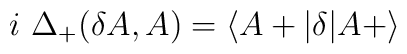
i\ \Delta_+(\delta A,A)=\langle A+\vert\delta\vert A+\rangle